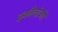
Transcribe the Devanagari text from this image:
इकौलोजी